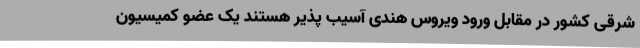
شرقی کشور در مقابل ورود ویروس هندی آسیب پذیر هستند یک عضو کمیسیون